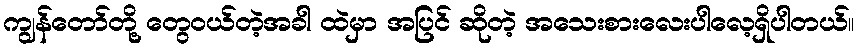
ကျွန်တော်တို့ တွေဝယ်တဲ့အခါ ထဲမှာ အပြင် ဆိုတဲ့ အသေးစားလေးပါလေ့ရှိပါတယ်။